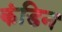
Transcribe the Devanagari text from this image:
कंडिन